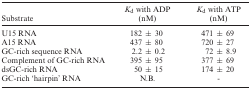
| Substrate | Kd with ADP (nM) | Kd with ATP (nM) |
 | --- | --- | --- |
 | U15 RNA | 182 ± 30 | 471 ± 69 |
 | A15 RNA | 437 ± 80 | 720 ± 27 |
 | GC-rich sequence RNA | 2.2 ± 0.2 | 72 ± 8.9 |
 | Complement of GC-rich RNA | 395 ± 95 | 377 ± 69 |
 | dsGC-rich RNA | 50 ± 15 | 174 ± 20 |
 | GC-rich ‘hairpin’ RNA | N.B. | - |